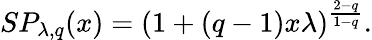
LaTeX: SP_{\lambda,q}(x)=(1+(q-1)x\lambda)^{\frac{2-q}{1-q}}.